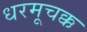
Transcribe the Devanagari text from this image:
धरमूचक्क